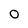
Character: 0